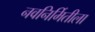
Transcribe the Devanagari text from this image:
नवनिर्मितीला